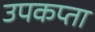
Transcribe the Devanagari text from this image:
उपकप्ता